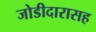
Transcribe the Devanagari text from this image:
जोडीदारासह